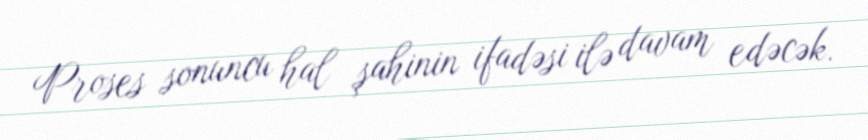
Proses sonuncu hal şahinin ifadəsi ilə davam edəcək.